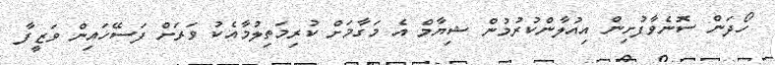
ހޯދަން ސޮނެވާފުށިން އިއުލާންކުރުމުން ޝިޔާމް އެ މަގާމަށް ކުރިމަތިލުމާއެކު ވަރަށް ފަސޭހައިން ވަޒީފާ